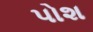
પોશ